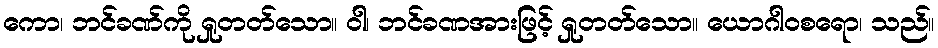
ကော၊ ဘင်ခဏ်ကို ရှုတတ်သော။ ဝါ၊ ဘင်ခဏအားဖြင့် ရှုတတ်သော။ ယောဂါဝစရော၊ သည်။